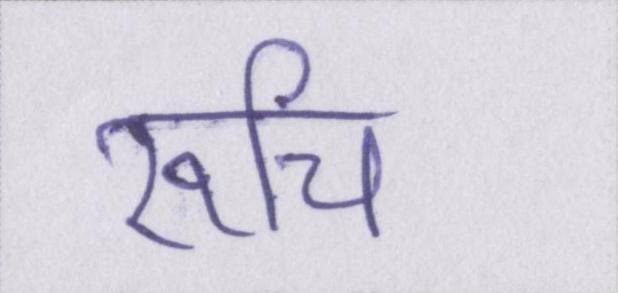
रूचि